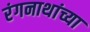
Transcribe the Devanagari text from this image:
रंगनाथांच्या